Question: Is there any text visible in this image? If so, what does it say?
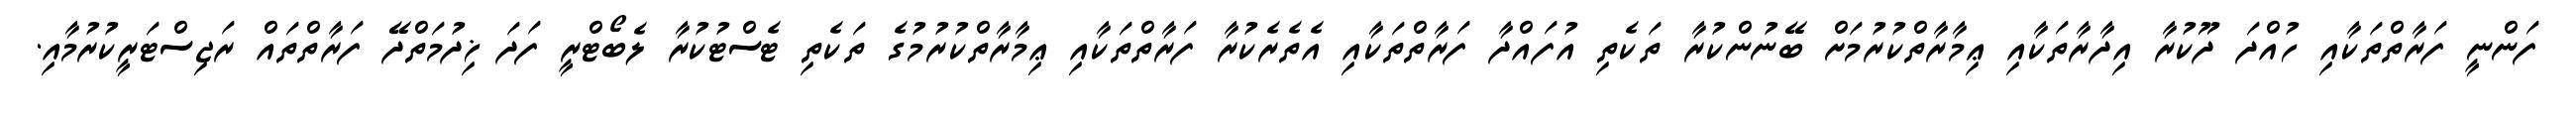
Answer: ފަންނީ ފަރާތްތަކާއި ހުއްދަ ދޫކުރާ އިދާރާތަކާއި ޢިމާރާތްކުރުމަށް ބޭނުންކުރާ ތަކެތި އުފައްދާ ފަރާތްތަކާއި އެތެރެކުރާ ފަރާތްތަކާއި ޢިމާރާތްކުރުމުގެ ތަކެތި ޓެސްޓުކުރާ ލެބޯޓްރީ ފަދަ ޚިދުމަތްދޭ ފަރާތްތައް ރަޖިސްޓަރީކުރުމާއި.